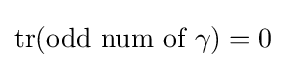
\operatorname {tr} ({\text{odd num of }}\gamma )=0